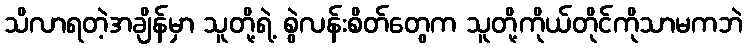
သိလာရတဲ့အချိန်မှာ သူတို့ရဲ့ စွဲလန်းစိတ်တွေက သူတို့ကိုယ်တိုင်ကိုသာမကဘဲ